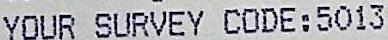
YOUR SURVEY CODE: 5013